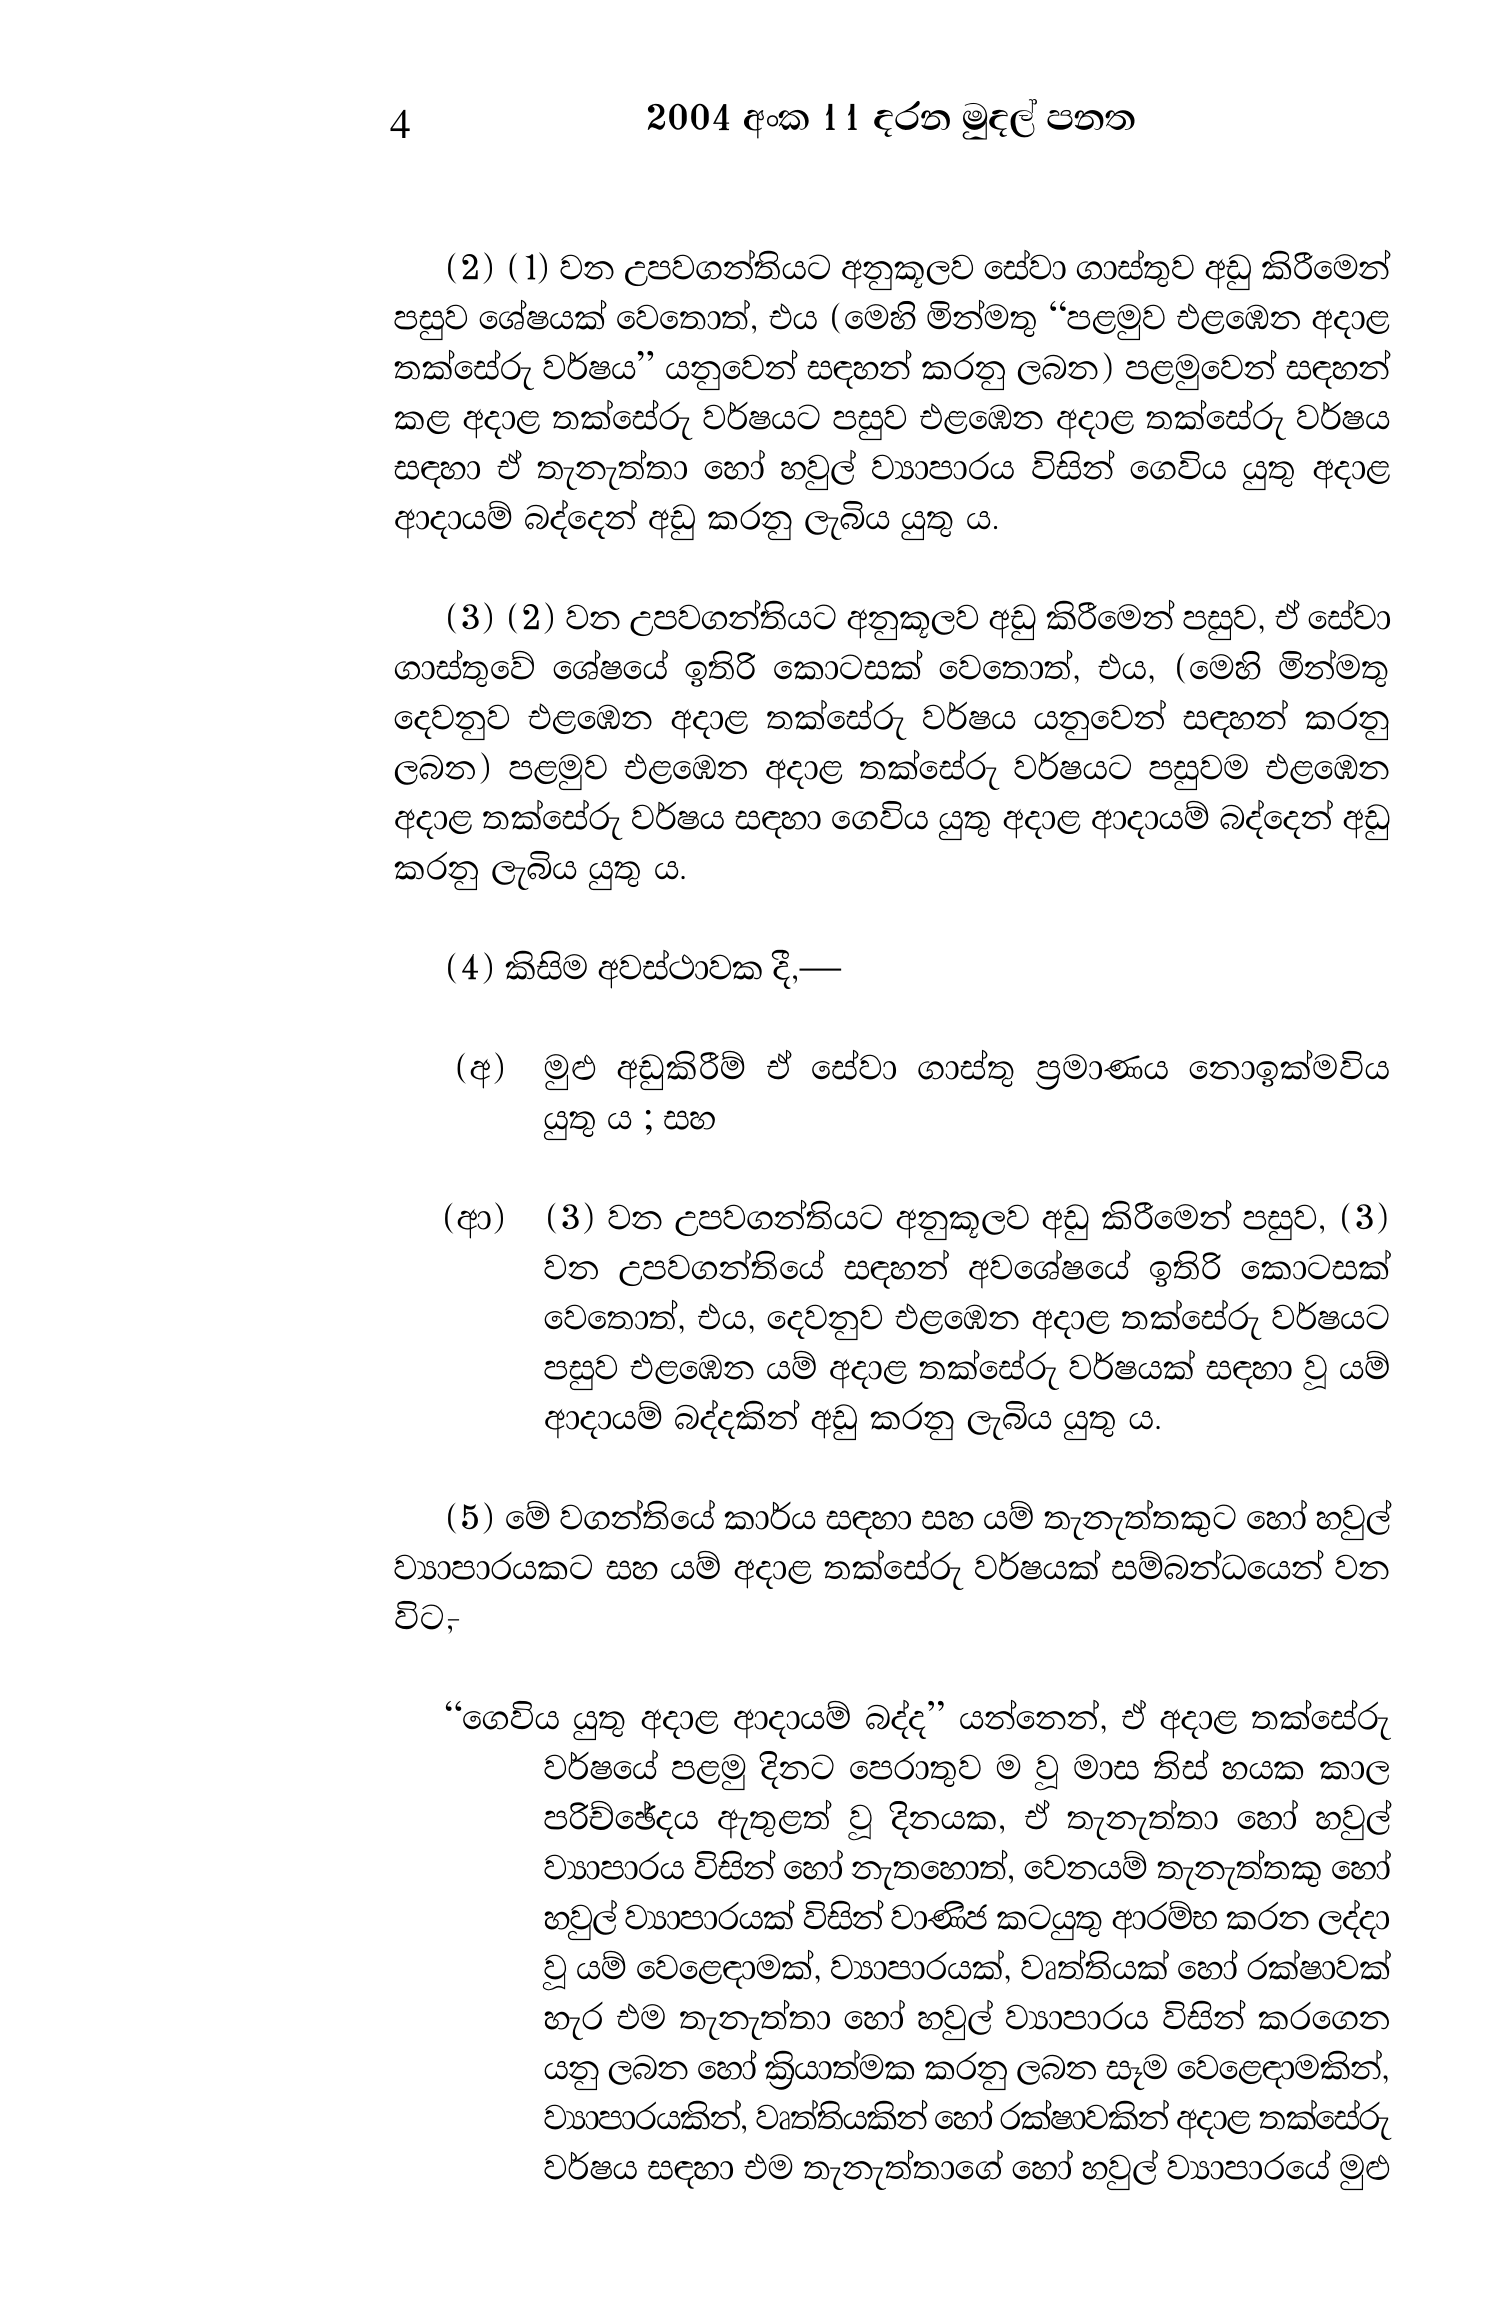
4 2004 අංක 11 දරන මුදල් පනත

(2) (1) වන උපවගන්තියට අනුකූලව සේවා ගාස්තුව අඩු කිරීමෙන්
පසුව ශේෂයක් වෙතොත්, එය (මෙහි මින්මතු ‘“පළමුව එළඹෙන අදාළ
තක්සේරු වර්ෂය” යනුවෙන් සඳහන් කරනු ලබන) පළමුවෙන් සඳහන්
කළ අදාළ තක්සේරු වර්ෂයට පසුව එළඹෙන අදාළ තක්සේරු වර්ෂය
සඳහා ඒ තැනැත්තා හෝ හවුල් ව්‍යාපාරය විසින් ගෙවිය යුතු අදාළ
ආදායම් බද්දෙන් අඩු කරනු ලැබිය යුතු ය.

(3) (2) වන උපවගන්තියට අනුකූලව අඩු කිරීමෙන් පසුව, ඒ සේවා
ගාස්තුවේ ශේෂයේ ඉතිරි කොටසක් වෙතොත්, එය, (මෙහි මින්මතු
දෙවනුව එළඹෙන අදාළ තක්සේරු වර්ෂය යනුවෙන් සඳහන් කරනු
ලබන) පළමුව එළඹෙන අදාළ තක්සේරු වර්ෂයට පසුවම එළඹෙන
අදාළ තක්සේරු වර්ෂය සඳහා ගෙවිය යුතු අදාළ ආදායම් බද්දෙන් අඩු
කරනු ලැබිය යුතු ය.

(4) කිසිම අවස්ථාවක දී,—

(අ) මුළු අඩුකිරීම් ඒ සේවා ගාස්තු ප්‍රමාණය නොඉක්මවිය
යුතු ය ; සහ

(ආ) (3) වන උපවගන්තියට අනුකූලව අඩු කිරීමෙන් පසුව, (3)
වන උපවගන්තියේ සඳහන් අවශේෂයේ ඉතිරි කොටසක්
වෙතොත්, එය, දෙවනුව එළඹෙන අදාළ තක්සේරු වර්ෂයට
පසුව එළඹෙන යම් අදාළ තක්සේරු වර්ෂයක් සඳහා වූ යම්
ආදායම් බද්දකින් අඩු කරනු ලැබිය යුතු ය.

(5) මේ වගන්තියේ කාර්ය සඳහා සහ යම් තැනැත්තකුට හෝ හවුල්
ව්‍යාපාරයකට සහ යම් අදාළ තක්සේරු වර්ෂයක් සම්බන්ධයෙන් වන
විට,-

“ගෙවිය යුතු අදාළ ආදායම් බද්ද” යන්නෙන්, ඒ අදාළ තක්සේරු
වර්ෂයේ පළමු දිනට පෙරාතුව ම වූ මාස තිස් හයක කාල
පරිච්ඡේදය ඇතුළත් වූ දිනයක, ඒ තැනැත්තා හෝ හවුල්
ව්‍යාපාරය විසින් හෝ නැතහොත්, වෙනයම් තැනැත්තකු හෝ
හවුල් ව්‍යාපාරයක් විසින් වාණිජ කටයුතු ආරම්භ කරන ලද්දා
වූ යම් වෙළෙඳාමක්, ව්‍යාපාරයක්, වෘත්තියක් හෝ රක්ෂාවක්
හැර එම තැනැත්තා හෝ හවුල් ව්‍යාපාරය විසින් කරගෙන
යනු ලබන හෝ ක්‍රියාත්මක කරනු ලබන සෑම වෙළෙඳාමකින්,
ව්‍යාපාරයකින්, වෘත්තියකින් හෝ රක්ෂාවකින් අදාළ තක්සේරු
වර්ෂය සඳහා එම තැනැත්තාගේ හෝ හවුල් ව්‍යාපාරයේ මුළු